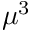
\mu ^ { 3 }